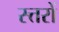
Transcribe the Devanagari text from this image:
स्त्तरों